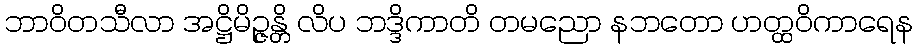
ဘာဝိတသီလာ အဋ္ဌိမိဉ္ဇန္တိ လိပ ဘဒ္ဒိကာတိ တမညော နဘတော ဟတ္ထဝိကာရေန